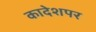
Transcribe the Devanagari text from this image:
कादेशपर